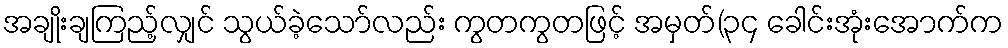
အချိုးချကြည့်လျှင် သွယ်ခဲ့သော်လည်း ကွတကွတဖြင့် အမှတ်(၃၄ ခေါင်းအုံးအောက်က